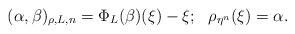
LaTeX: \begin{align*} (\alpha,\beta)_{\rho,L,n}=\Phi_L(\beta)(\xi)-\xi; ~~\rho_{\eta^n}(\xi)=\alpha.\end{align*}